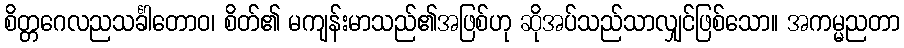
စိတ္တဂေလညသင်္ခါတောဝ၊ စိတ်၏ မကျန်းမာသည်၏အဖြစ်ဟု ဆိုအပ်သည်သာလျှင်ဖြစ်သော။ အကမ္မညတာ